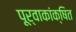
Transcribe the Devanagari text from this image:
पूर्वाकांक्षित